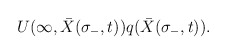
\begin{align*}U(\infty, {\bar X}(\sigma_{-},t)) q({\bar X}(\sigma_{-},t)). \end{align*}